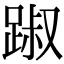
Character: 踧